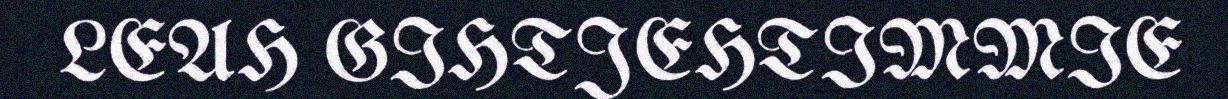
LEAH GIHTJEHTIMMIE